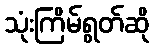
သုံးကြိမ်ရွတ်ဆို